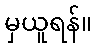
မှယူရန်။